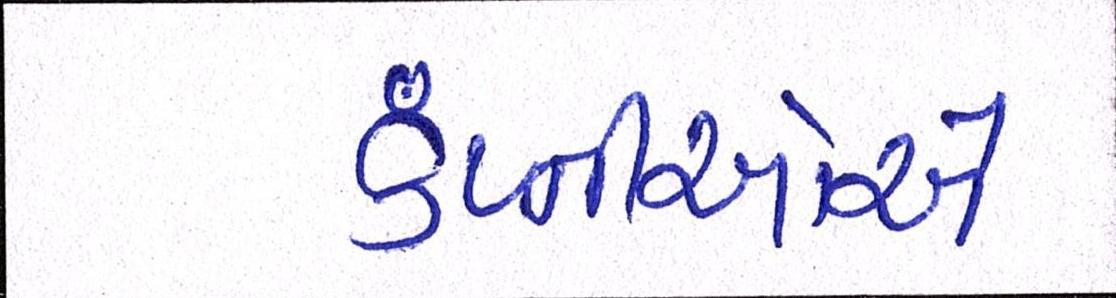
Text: કંપ્નીઓએ